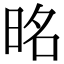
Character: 㫥